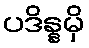
ပဒိန္နမှိ